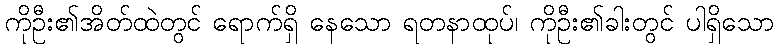
ကိုဦး၏အိတ်ထဲတွင် ရောက်ရှိ နေသော ရတနာထုပ်၊ ကိုဦး၏ခါးတွင် ပါရှိသော